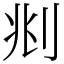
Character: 𠛪